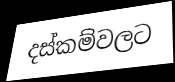
දස්කම්වලට